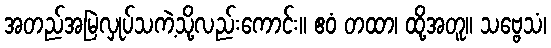
အတည်အမြဲလှုပ်သကဲ့သို့လည်းကောင်း။ ဧဝံ တထာ၊ ထို့အတူ။ သဗ္ဗေသံ၊